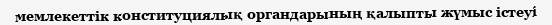
мемлекеттік конституциялық органдарының қалыпты жүмыс істеуі